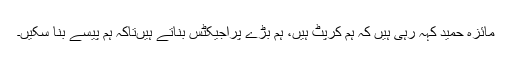
مائزہ حمید کہہ رہی ہیں کہ ہم کرپٹ ہیں، ہم بڑے پراجیکٹس بناتے ہیںتاکہ ہم پیسے بنا سکیں۔